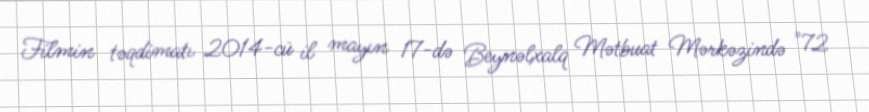
Filmin təqdimatı 2014-cü il mayın 17-də Beynəlxalq Mətbuat Mərkəzində "72